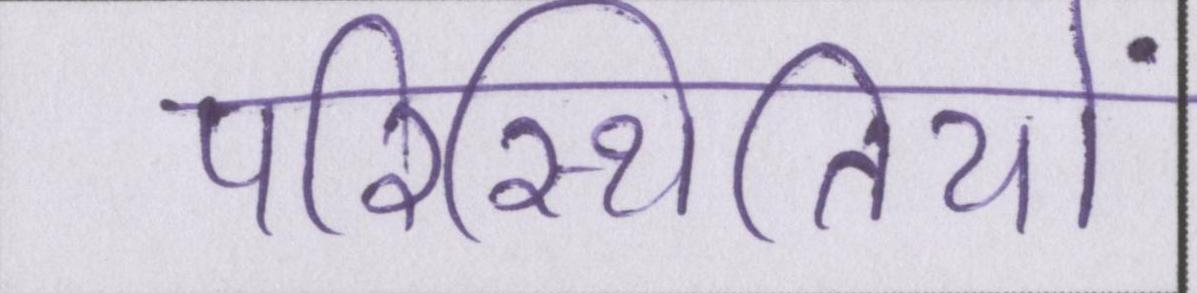
परिस्थितियों